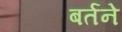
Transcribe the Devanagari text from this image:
बर्तने